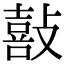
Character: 敼